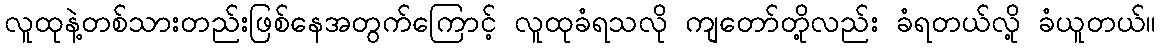
လူထုနဲ့တစ်သားတည်းဖြစ်နေအတွက်ကြောင့် လူထုခံရသလို ကျတော်တို့လည်း ခံရတယ်လို့ ခံယူတယ်။